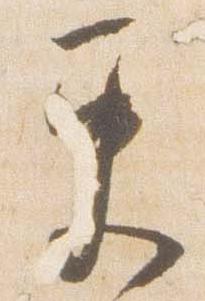
更